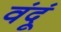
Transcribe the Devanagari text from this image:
वंदूं